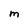
Character: M